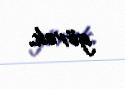
görək.